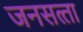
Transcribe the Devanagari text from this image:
जनसत्‍ता